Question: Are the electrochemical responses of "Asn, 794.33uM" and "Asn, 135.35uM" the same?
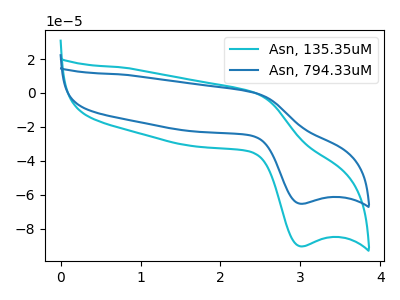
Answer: <think>The cyan curve "Asn, 135.35uM" has an anodic peak at (2.45V, 0.05uA) and a cathodic peak at (3.00V, -90.35uA). The blue curve "Asn, 794.33uM" has an anodic peak at (2.45V, 0.05uA) and a cathodic peak at (3.00V, -65.25uA).
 All the peaks in "Asn, 794.33uM" have a peak in "Asn, 135.35uM" at the same potential. Every peak in "Asn, 794.33uM" is lower than every peak in "Asn, 135.35uM".</think>
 <answer>"Asn, 794.33uM" and "Asn, 135.35uM" are similar in shape.</answer>
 <eval>same_shape</eval>